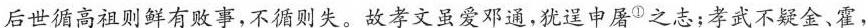
后世循高祖则鲜有败事，不循则失。故孝文虽爱邓通，犹送中屠^{①}之志；孝武不疑金、霍.